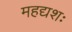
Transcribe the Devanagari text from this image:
महद्यशः